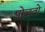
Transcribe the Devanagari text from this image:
पोळतो